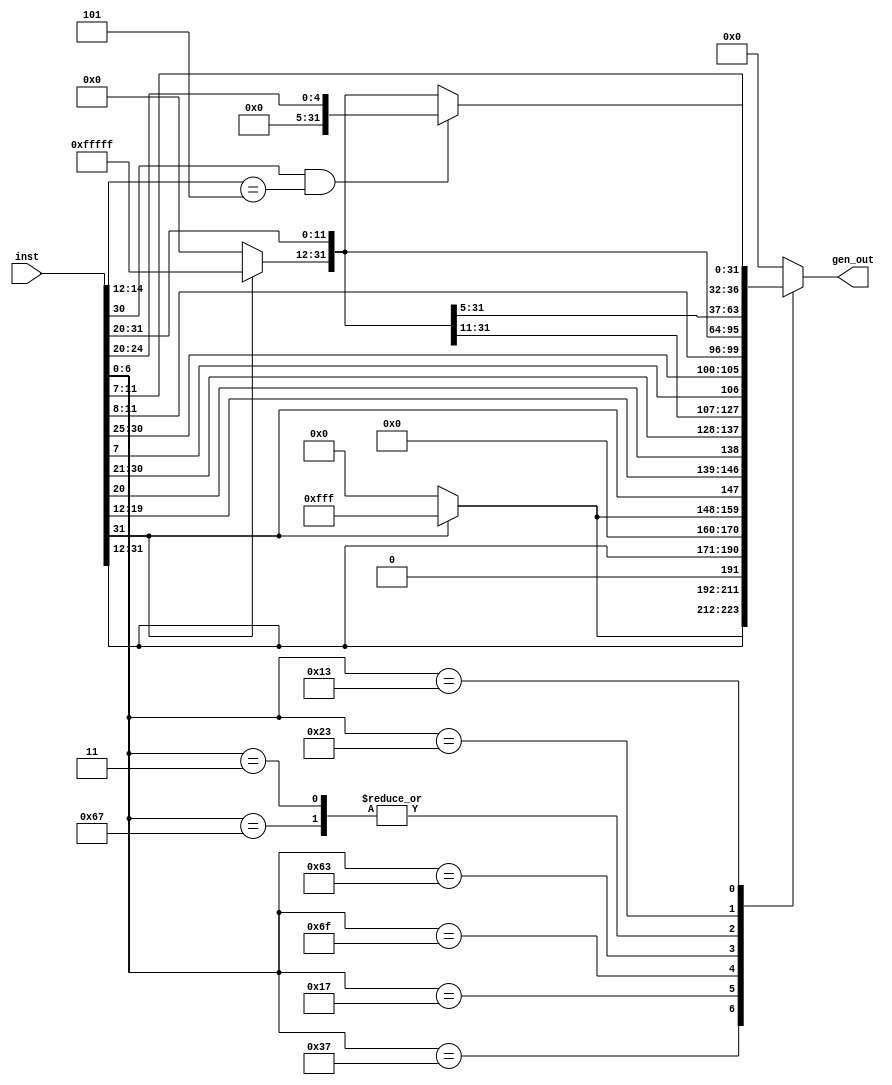
module immediate_generator(output reg [31:0] gen_out, input [31:0] inst );
always @(*)
begin
case (inst [6:0])
7'b0110111:  gen_out={{inst[31]?12'hFFFF:12'h0000},inst[31:12]};  //LUI
7'b0010111: gen_out={1'b0,inst[31:12],11'b0}; //AUIPC
7'b1101111: gen_out = {{inst[31]?12'hFFFF:12'h0000},inst[31], inst[19:12],inst[20]  ,inst[30:21] };  // JAL
7'b1100111: gen_out={{inst[31]?20'hFFFFF:20'h00000},inst[31:20]}; //JALR
7'b1100011: gen_out = {{inst[31]?20'hFFFFF:20'h00000}, inst [31], inst [7], inst [30:25]  ,inst [11:8]}; // branches 
7'b0000011:  gen_out={{inst[31]?20'hFFFFF:20'h00000},inst[31:20]}; // loades
7'b0100011: gen_out = {{inst[31]?20'hFFFFF:20'h00000},inst [31:25],inst [11:7]};  // stores
7'b0010011: 
begin
if(inst[30]==1 && inst[14:12]==3'b101)
 gen_out={27'h00000,inst[24:20]};
else
 gen_out={{inst[31]?20'hFFFFF:20'h00000},inst[31:20]}; // immediates ( I_type)
 end
default : gen_out = 0;  
         endcase 

end 
endmodule